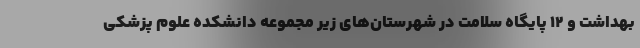
بهداشت و ۱۲ پایگاه سلامت در شهرستان‌های زیر مجموعه دانشکده علوم پزشکی